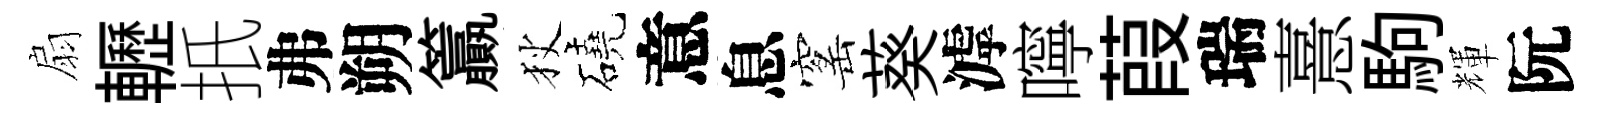
扇轣扺弗朔籯狄磽意息窰葵滹嚀葭瑞憙駒輝阮